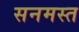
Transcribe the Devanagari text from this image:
सनमस्त